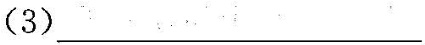
（3）___